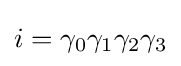
i=\gamma _{0}\gamma _{1}\gamma _{2}\gamma _{3}